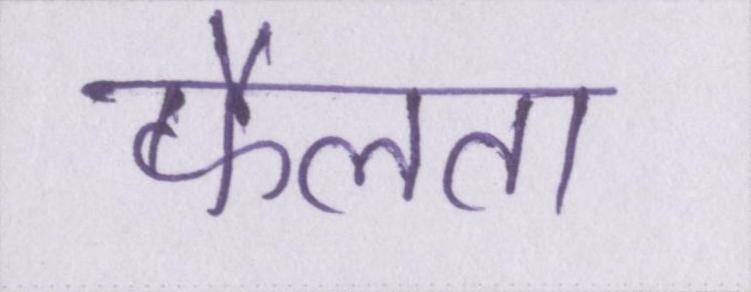
फैलता